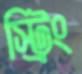
স্ট্রিং